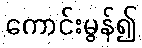
ကောင်းမွန်၍